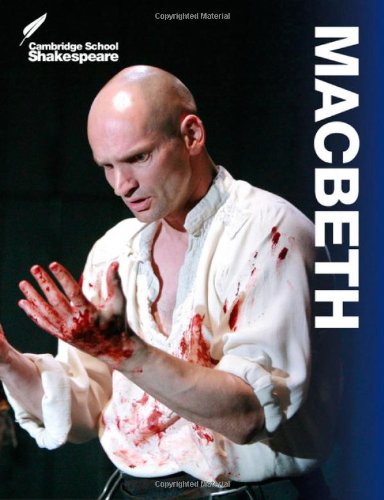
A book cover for Macbeth (Cambridge School Shakespeare); Rex Gibson; Literature & Fiction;